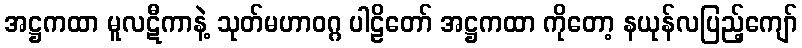
အဋ္ဌကထာ မူလဋီကာနဲ့ သုတ်မဟာဝဂ္ဂ ပါဠိတော် အဋ္ဌကထာ ကိုတော့ နယုန်လပြည့်ကျော်